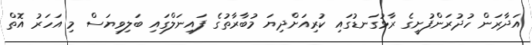
އަދާރަން ހުދުރަންފުށީގެ ރާޅުގަނޑުގައި ކުރިއަށްދިޔަ މުބާރާތުގެ ފައިނަލްގައި ބަލިވިޔަސް މި އަހަރު އޮތް